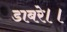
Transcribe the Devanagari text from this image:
डाबरे।।